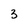
Character: 3